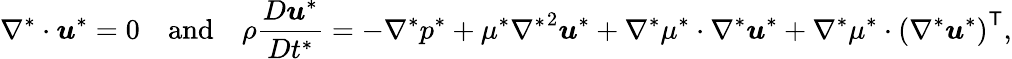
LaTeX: \nabla^{*}\cdot\boldsymbol u^{*}=0~~~~\mathrm{and}~~~~\rho\frac{D\boldsymbol{u}^{*}}{Dt^{*}}=-\nabla^{*}p^{*}+\mu^{*}{\nabla^{*}}^{2}\boldsymbol u^{*}+\nabla^{*}\mu^{*}\cdot\nabla^{*}\boldsymbol u^{*}+\nabla^{*}\mu^{*}\cdot\left(\nabla^{*}\boldsymbol u^{*}\right)^{\mathsf{T}},